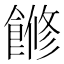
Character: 𩝧